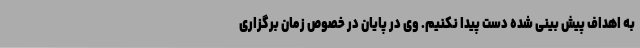
به اهداف پیش بینی شده دست پیدا نکنیم. وی در پایان در خصوص زمان برگزاری